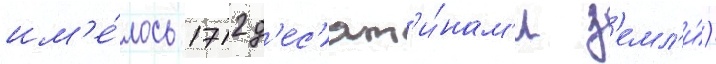
им'е́лось 1712 д'ес'ят'и́нам'и з'емл'и́)